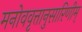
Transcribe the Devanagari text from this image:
मनोववृत्तानुसारिणीम्